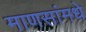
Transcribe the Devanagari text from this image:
माणसांमधे